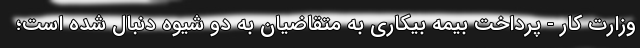
وزارت کار - پرداخت بیمه بیکاری به متقاضیان به دو شیوه دنبال شده است؛